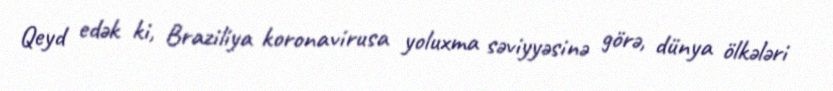
Qeyd edək ki, Braziliya koronavirusa yoluxma səviyyəsinə görə, dünya ölkələri